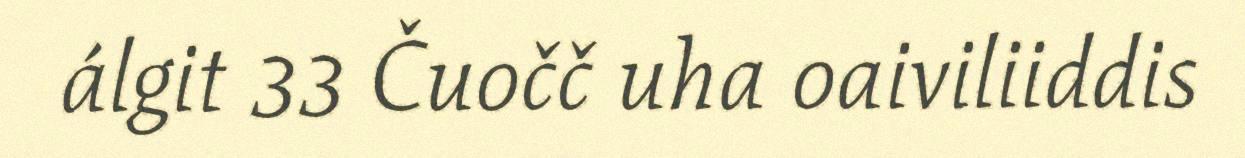
álgit 33 Čuočč uha oaiviliiddis